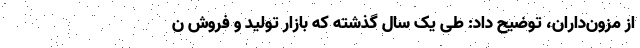
از مزون‌داران، توضیح داد: طی یک سال گذشته که بازار تولید و فروش ن